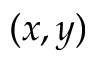
( x , y )